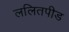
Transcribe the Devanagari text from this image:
ललितपीड